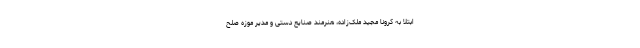
ابتلا به کرونا مجید ملک‌زاده، هنرمند صنایع‌ دستی و مدیر موزه صلح